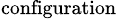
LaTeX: _\textrm{configuration}